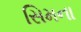
સિમના